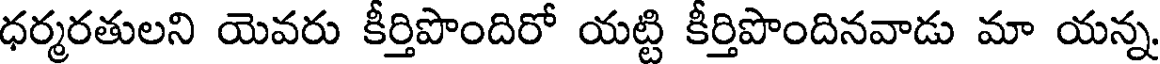
ధర్మరతులని యెవరు కీర్తిపొందిరో యట్టి కీర్తిపొందినవాడు మా యన్న